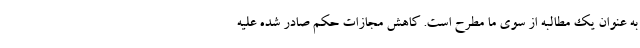
به عنوان یک مطالبه از سوی ما مطرح است. کاهش مجازات‌ حکم صادر شده علیه